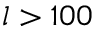
l > 1 0 0